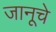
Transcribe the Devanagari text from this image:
जानूचे